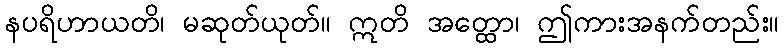
နပရိဟာယတိ၊ မဆုတ်ယုတ်။ ဣတိ အတ္ထော၊ ဤကားအနက်တည်း။